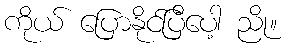
ကိုယ် ပြောနိုင်ပြီပေါ့ ညို။